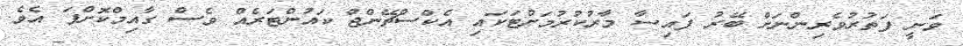
ވަނީ ފަތުރުވެރިންނަށް ބޭރު ފައިސާ މާރުކުރުމަށްޓަކައި އެކްސްޗޭންޖް ކައުންޓަރެއް ވެސް ގާއިމްކޮށްފަ އެވެ.